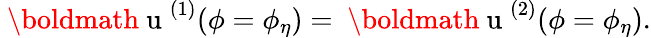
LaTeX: {\mathrm{~\boldmath~u~}}^{(1)}(\phi=\phi_{\eta})={\mathrm{~\boldmath~u~}}^{(2)}(\phi=\phi_{\eta}).